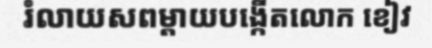
រំលាយសពម្តាយបង្កើតលោក ខៀវ